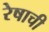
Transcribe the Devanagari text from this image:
रेषाची